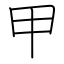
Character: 甲